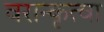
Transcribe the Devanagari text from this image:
वरान्कृत्वा